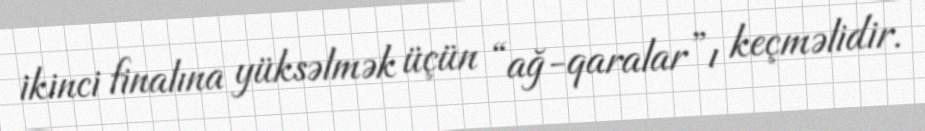
ikinci finalına yüksəlmək üçün “ağ-qaralar”ı keçməlidir.